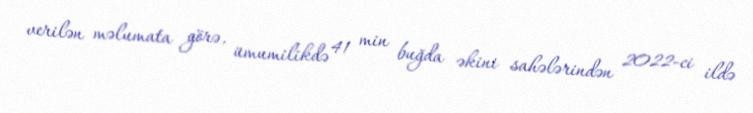
verilən məlumata görə, ümumilikdə 41 min buğda əkini sahələrindən 2022-ci ildə